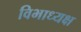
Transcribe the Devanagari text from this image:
विभाध्यक्ष